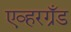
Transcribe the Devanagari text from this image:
एव्हरग्रँड